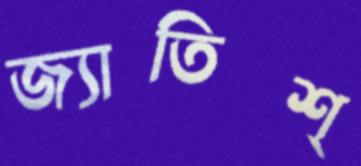
জ্যাতিশ্